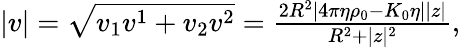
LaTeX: \begin{array}{r}{|v|=\sqrt{v_{1}v^{1}+v_{2}v^{2}}=\frac{2R^{2}|4\pi\eta\rho_{0}-K_{0}\eta||z|}{R^{2}+|z|^{2}},}\end{array}